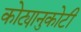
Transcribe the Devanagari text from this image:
कोट्यानुकोटी